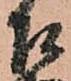
召